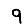
Digit: 9